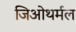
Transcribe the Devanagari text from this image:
जिओथर्मल